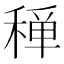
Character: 𥠐